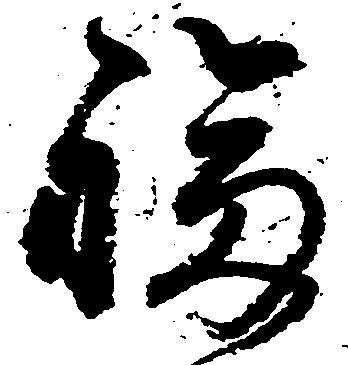
福